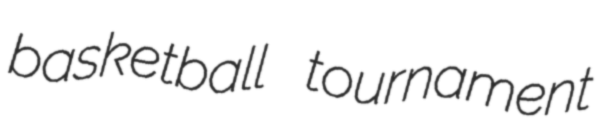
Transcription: basketball tournament